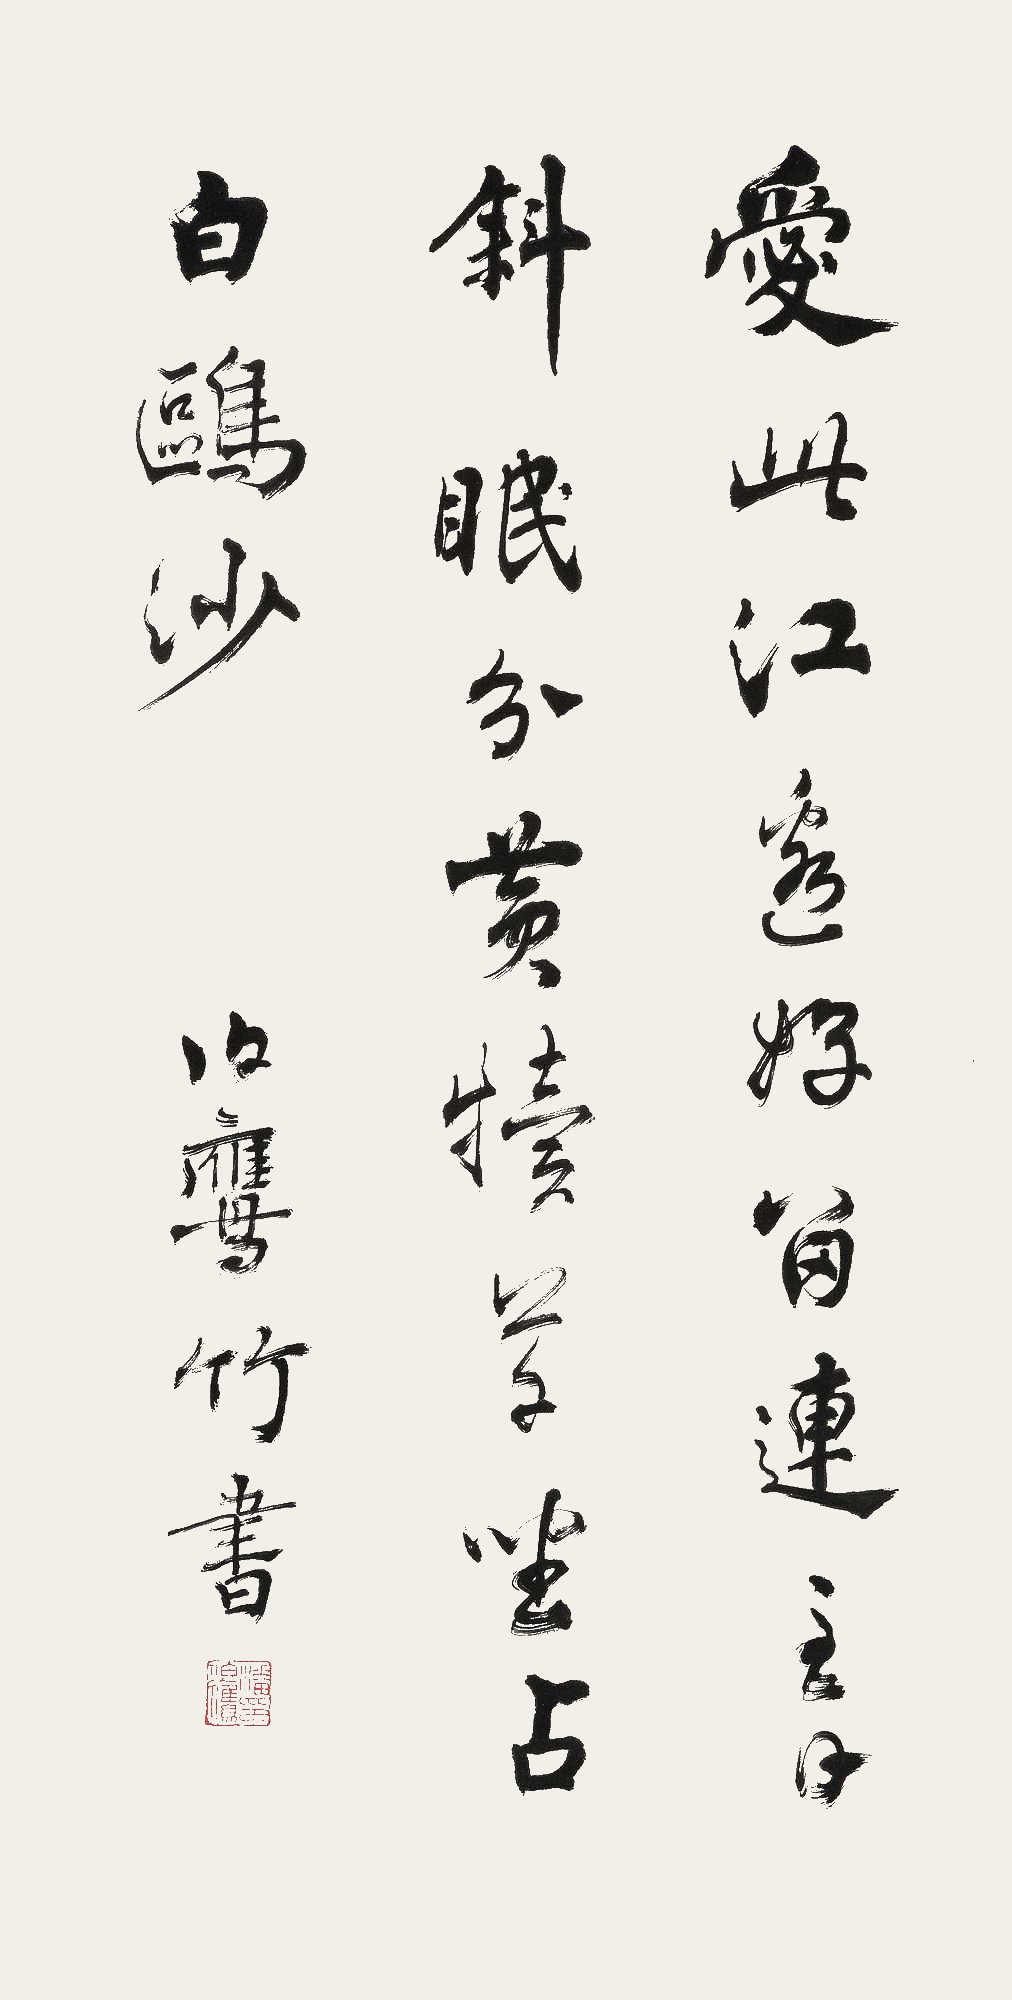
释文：爱此江边好，留连至日斜。眠分黄犊草，坐占白鸥沙。伯鹰竹书。